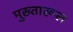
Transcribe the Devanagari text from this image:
मुख्तारूल